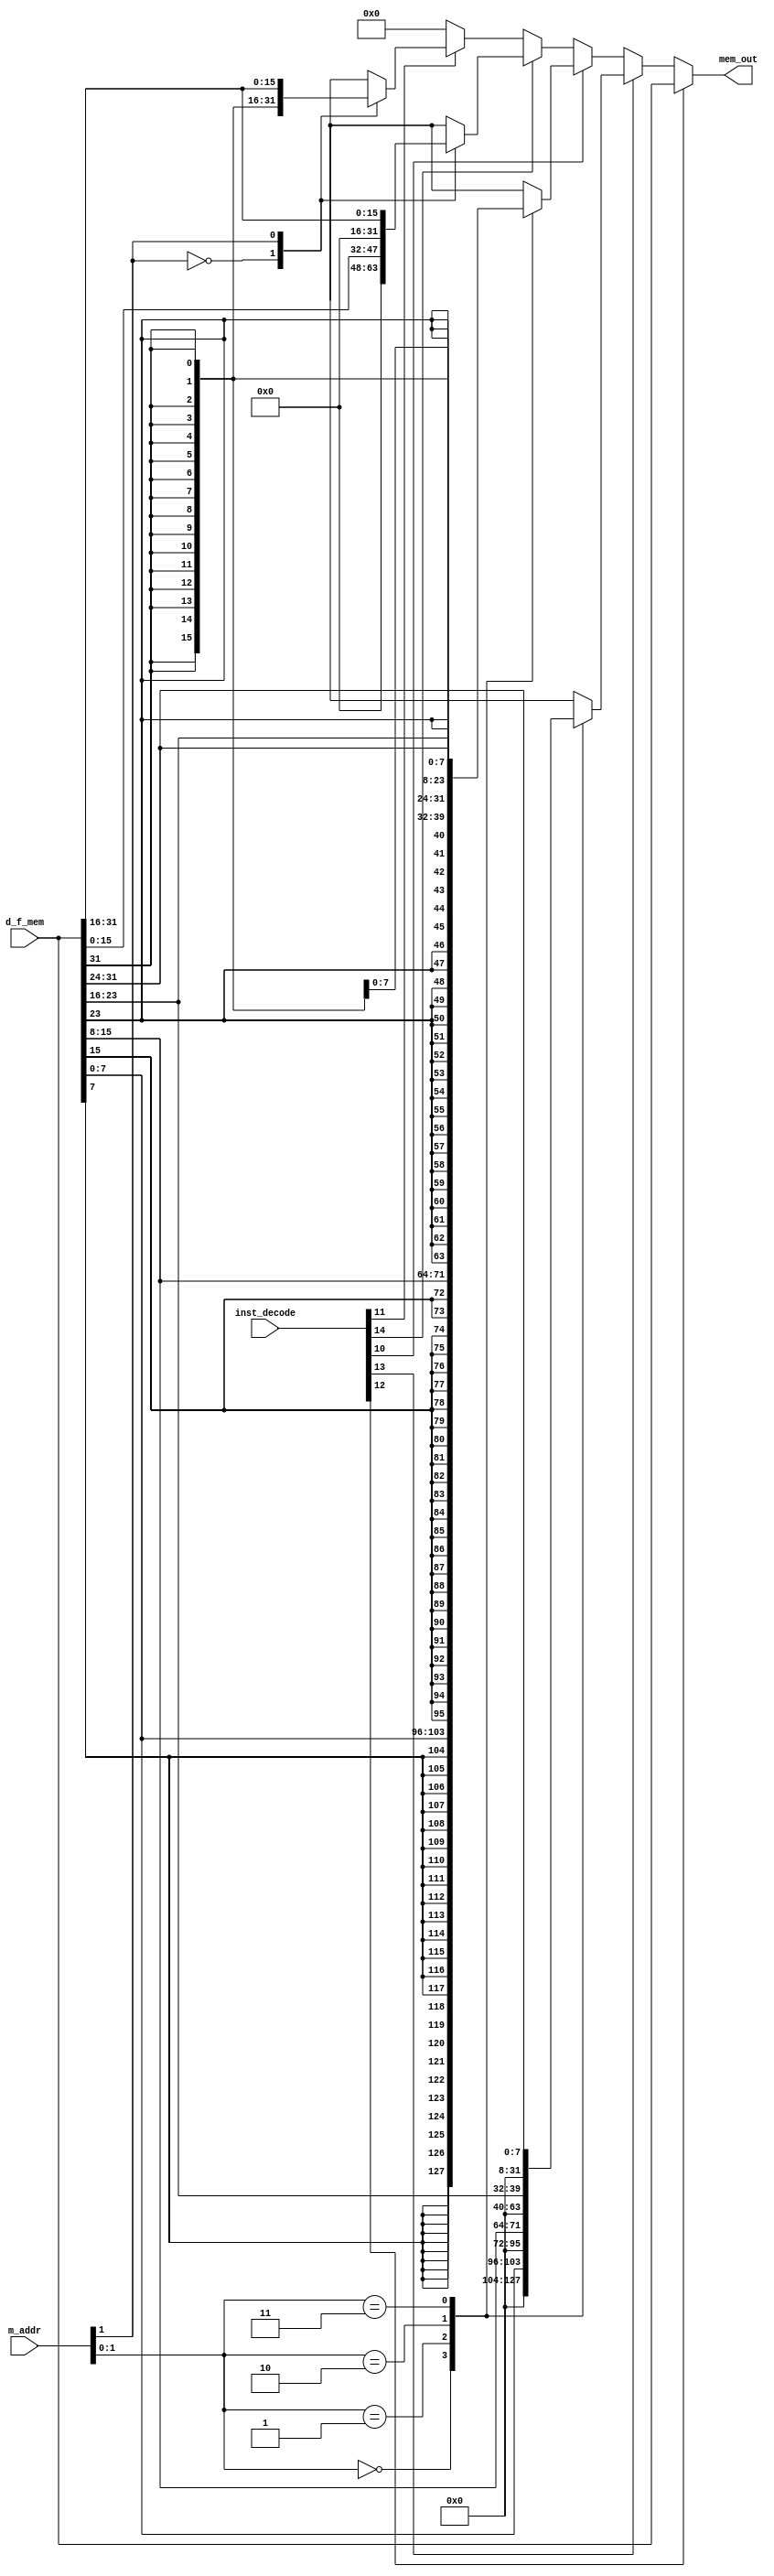
//
// RISC-V RV32I CPU MEM 
//


module risc_v_32_mem(m_addr,d_f_mem,inst_decode,mem_out);
								 
	input  [31:0] m_addr;                                    // mem or i/o addr
    input  [31:0] d_f_mem;                                   // load data
    input  [36:0] inst_decode;								 // instruction decode, if inst_decode == 1, means ex instruction is the corresponding inst
	
	output reg [31:0] mem_out;                               // mem output

	// instruction
    wire          i_lb    = inst_decode[10]; // lb
    wire          i_lh    = inst_decode[11]; // lh
    wire          i_lw    = inst_decode[12]; // lw
    wire          i_lbu   = inst_decode[13]; // lbu
    wire          i_lhu   = inst_decode[14]; // lhu



	always @(*) begin                                      // load instructions
        mem_out = 0;                                       // mem output
        case (1'b1)
            i_lw: begin                                    // lw
                mem_out = d_f_mem;end
            i_lbu: begin                                   // lbu
                case(m_addr[1:0])
                  2'b00: mem_out = {24'h0,d_f_mem[ 7: 0]};
                  2'b01: mem_out = {24'h0,d_f_mem[15: 8]};
                  2'b10: mem_out = {24'h0,d_f_mem[23:16]};
                  2'b11: mem_out = {24'h0,d_f_mem[31:24]};
                endcase end
            i_lb: begin                                    // lb
                case(m_addr[1:0])
                  2'b00: mem_out = {{24{d_f_mem[ 7]}},d_f_mem[ 7: 0]};
                  2'b01: mem_out = {{24{d_f_mem[15]}},d_f_mem[15: 8]};
                  2'b10: mem_out = {{24{d_f_mem[23]}},d_f_mem[23:16]};
                  2'b11: mem_out = {{24{d_f_mem[31]}},d_f_mem[31:24]};
                endcase end
            i_lhu: begin                                   // lhu
                case(m_addr[1])
                  1'b0: mem_out = {16'h0,d_f_mem[15: 0]};
                  1'b1: mem_out = {16'h0,d_f_mem[31:16]};
                endcase end
            i_lh: begin                                    // lh
                case(m_addr[1])
                  1'b0: mem_out = {{16{d_f_mem[15]}},d_f_mem[15: 0]};
                  1'b1: mem_out = {{16{d_f_mem[31]}},d_f_mem[31:16]};
                endcase end
            default: ;
        endcase
    end

	
endmodule